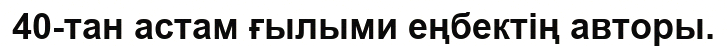
40-тан астам ғылыми еңбектің авторы.